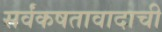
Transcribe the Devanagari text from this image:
सर्वंकषतावादाची